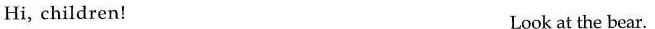
Hi, children! Look at the bear.